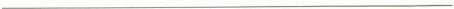
___